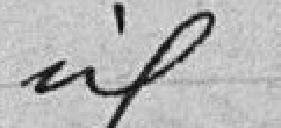
idem